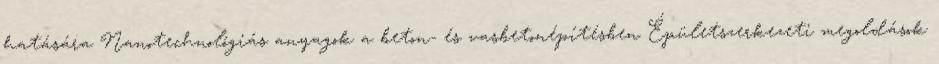
hatására Nanotechnológiás anyagok a beton- és vasbetonépítésben Épületszerkezeti megoldások